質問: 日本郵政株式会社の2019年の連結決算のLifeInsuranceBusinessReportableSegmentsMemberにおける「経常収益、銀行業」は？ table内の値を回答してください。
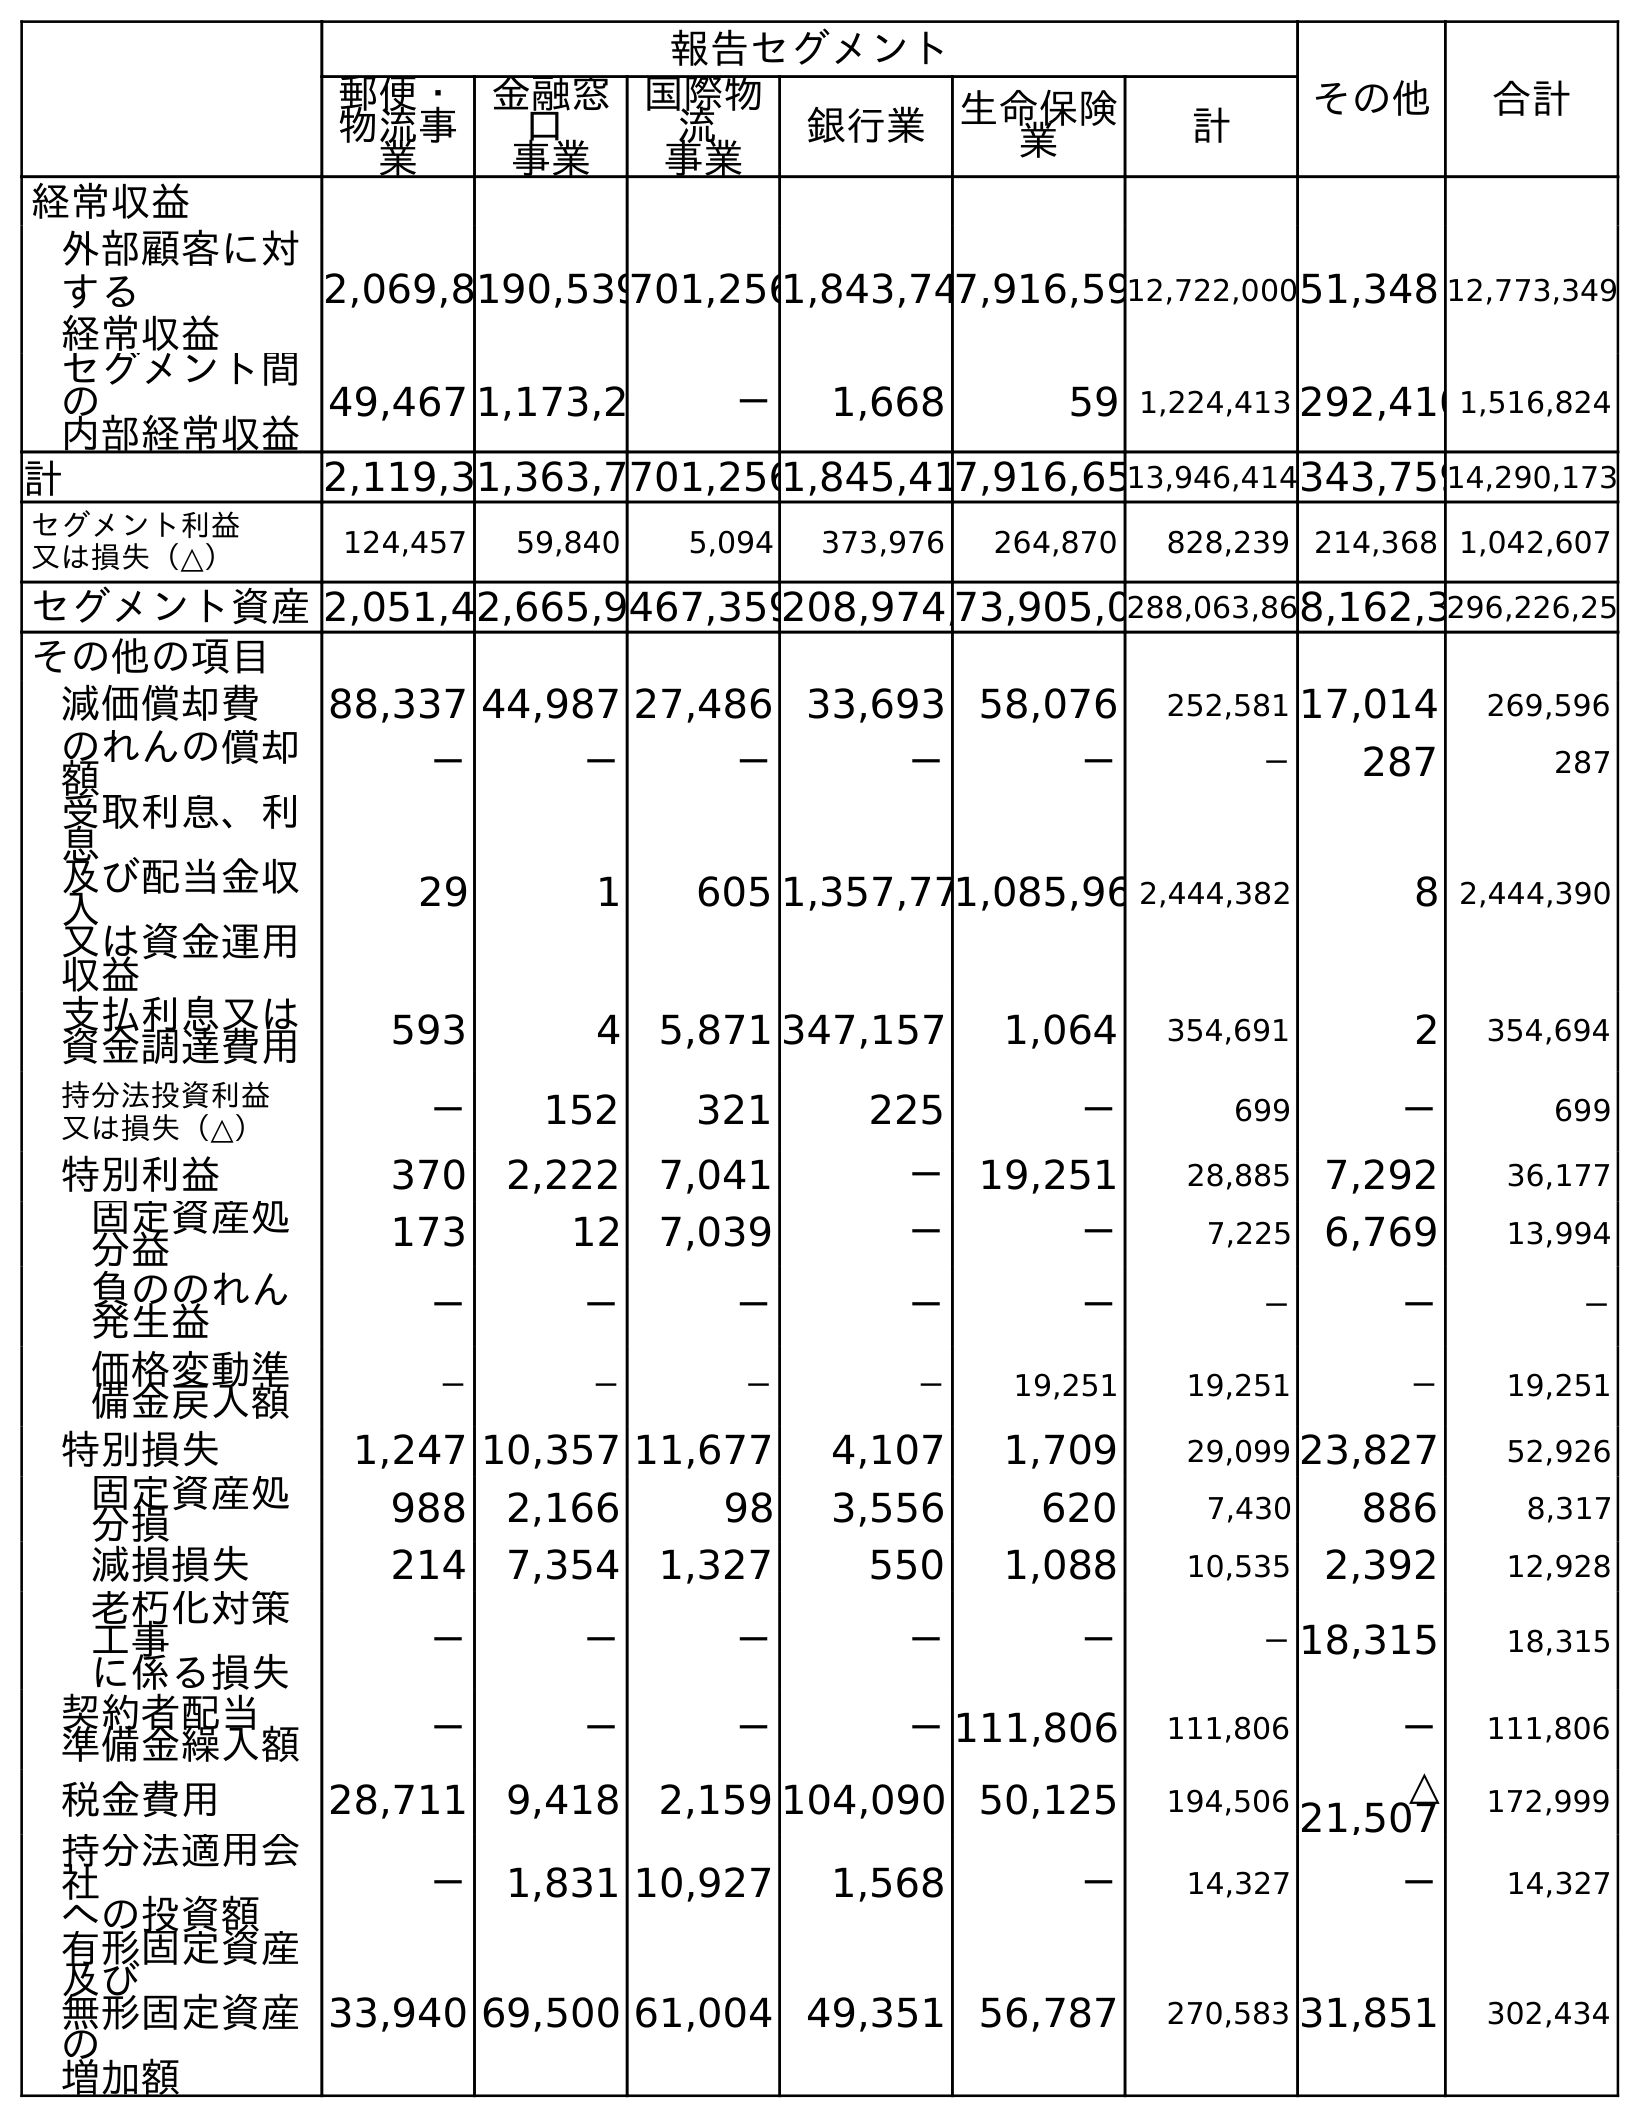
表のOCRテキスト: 報告セグメント その他 合計 郵便・ 物流事 業 金融窓 口 事業 国際物 流 事業 銀行業 生命保険 業 計 経常収益 外部顧客に対 する 経常収益 2,069,8190,539701,2561,843,747,916,5912,722,00051,348 12,773,349 セグメント間 の 内部経常収益 49,467 1,173,2 － 1,668 59 1,224,413 292,4101,516,824 計 2,119,31,363,7701,2561,845,417,916,6513,946,414343,75914,290,173 セグメント利益 又は損失（△） 124,457 59,840 5,094 373,976 264,870 828,239 214,368 1,042,607 セグメント資産2,051,42,665,9467,359208,974,73,905,0288,063,868,162,3296,226,25 その他の項目 減価償却費 88,337 44,987 27,486 33,693 58,076 252,581 17,014 269,596 のれんの償却 額 － － － － － － 287 287 受取利息、利 息 及び配当金収 入 又は資金運用 収益 29 1 605 1,357,771,085,96 2,444,382 8 2,444,390 支払利息又は 資金調達費用 593 4 5,871 347,157 1,064 354,691 2 354,694 持分法投資利益 又は損失（△） － 152 321 225 － 699 － 699 特別利益 370 2,222 7,041 － 19,251 28,885 7,292 36,177 固定資産処 分益 173 12 7,039 － － 7,225 6,769 13,994 負ののれん 発生益 － － － － － － － － 価格変動準 備金戻入額 － － － － 19,251 19,251 － 19,251 特別損失 1,247 10,357 11,677 4,107 1,709 29,099 23,827 52,926 固定資産処 分損 988 2,166 98 3,556 620 7,430 886 8,317 減損損失 214 7,354 1,327 550 1,088 10,535 2,392 12,928 老朽化対策 工事 に係る損失 － － － － － －18,315 18,315 契約者配当 準備金繰入額 － － － －111,806 111,806 － 111,806 税金費用 28,711 9,418 2,159 104,090 50,125 194,506 △ 21,507 172,999 持分法適用会 社 への投資額 － 1,831 10,927 1,568 － 14,327 － 14,327 有形固定資産 及び 無形固定資産 の 増加額 33,940 69,500 61,004 49,351 56,787 270,583 31,851 302,434
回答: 7,916,655